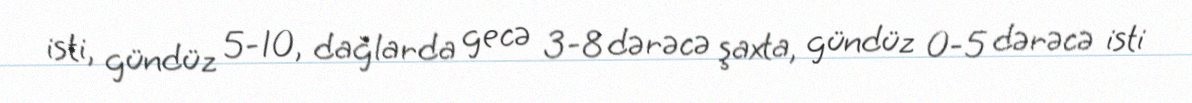
isti, gündüz 5-10, dağlarda gecə 3-8 dərəcə şaxta, gündüz 0-5 dərəcə isti